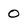
Character: 0